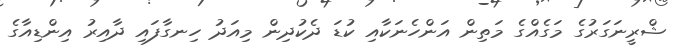
ޝްރީނަގަރުގެ މަގެއްގެ މަތިން އަންހެނަކާއި ކުޑަ ދެކުދިން މިއަދު ހިނގާފައި ދާއިރު އިންޑިއާގެ